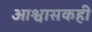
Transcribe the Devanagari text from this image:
आश्वासकही